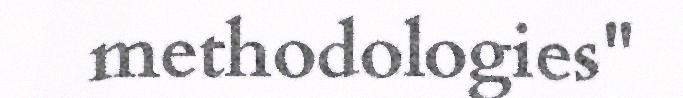
methodologies"